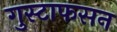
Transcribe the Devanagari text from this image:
गुस्टाफसन